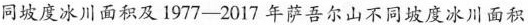
同坡度冰川面积及1977-2017年萨吾尔山不同坡度冰川面积